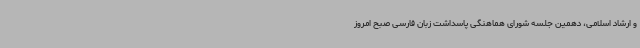
و ارشاد اسلامی، دهمین جلسه شورای هماهنگی پاسداشت زبان فارسی صبح امروز